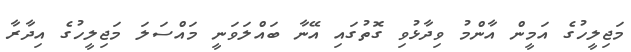
މަޖިލީހުގެ އަމީން އާންމު ވިދާޅުވި ގޮތުގައި އޭނާ ބައްލަވަނީ މައްސަލަ މަޖިލީހުގެ އިދާރާ